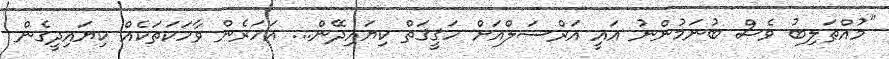
"މުއްޠަލިބު ވެސް ބުނަމުންނު އައީ އަރްސަލްއަށް ހަޤީޤަތް ކިޔައިދޭން... އަހަރެން ވާހަކަތަކެއް ކިޔައިދީގެން